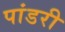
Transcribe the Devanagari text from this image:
पांडरी